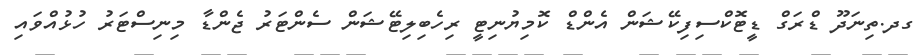
ގދ.ތިނަދޫ ޑްރަގް ޑީޓޮކްސިފިކޭޝަން އެންޑް ކޮމިޔުނިޓީ ރިހެބިލިޓޭޝަން ސެންޓަރު ޖެންޑާ މިނިސްޓަރު ހުޅުއްވައި